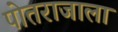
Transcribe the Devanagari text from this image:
पोतराजाला